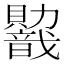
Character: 𬥭